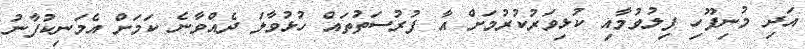
އަދި މުނިފޫހި ފިލުވުމާއި ކުޅިވަރުކުރުމަށް އާ ފުރުސަތުތައް ހުޅުވާލަ ދެއްވާނެ ކަމަށް އެމަނިކުފާނު